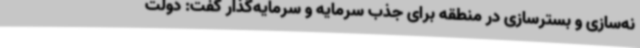
نه‌سازی و بسترسازی در منطقه برای جذب سرمایه و سرمایه‌گذار گفت: دولت